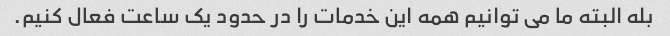
بله البته ما می توانیم همه این خدمات را در حدود یک ساعت فعال کنیم.